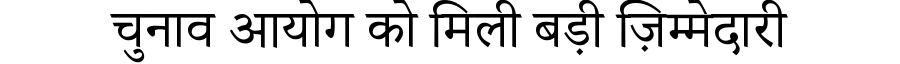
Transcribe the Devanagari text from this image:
चुनाव आयोग को मिली बड़ी ज़िम्मेदारी